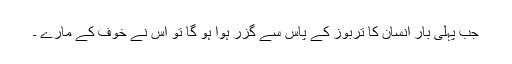
جب پہلی بار انسان کا تربوز کے پاس سے گزر ہوا ہو گا تو اس نے خوف کے مارے ۔